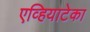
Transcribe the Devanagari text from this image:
एव्हियाटेका